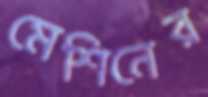
মেশিনের